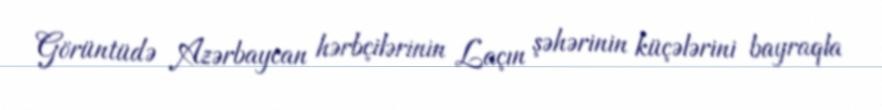
Görüntüdə Azərbaycan hərbçilərinin Laçın şəhərinin küçələrini bayraqla